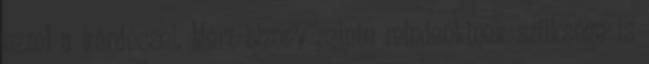
ezzel a kérdéssel. Mert bizony szinte mindenkinek szüksége is